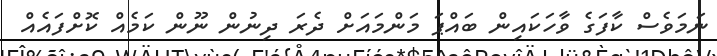
ނަމަވެސް ކާފަގެ ވާހަކައިން ބައްޕަ މަންމައަށް ދެރަ ދިނުން ނޫން ކަމެއް ކޮށްފައެއް